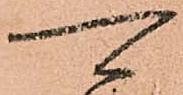
可